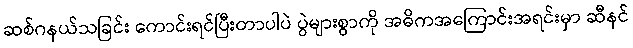
ဆစ်ဂနယ်သခြင်း ကောင်းရင်ပြီးတာပါပဲ ပွဲများစွာကို အဓိကအကြောင်းအရင်းမှာ ဆီနင်